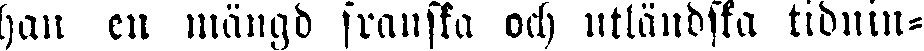
han en mängd franska och utländska tidnin-